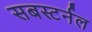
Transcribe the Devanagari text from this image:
सबस्टर्नल